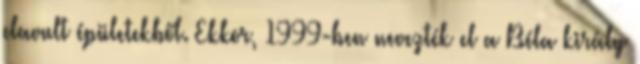
elavult épületekből. Ekkor, 1999-ben nevezték el a Béla király